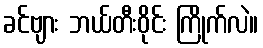
ခင်ဗျား ဘယ်တီးဝိုင်း ကြိုက်လဲ။